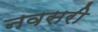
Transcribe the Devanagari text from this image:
नवसरी